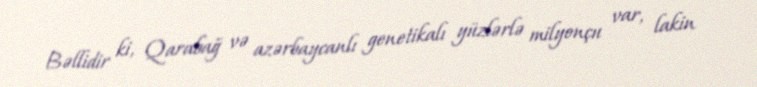
Bəllidir ki, Qarabağ və azərbaycanlı genetikalı yüzlərlə milyonçu var, lakin